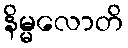
နိမ္မလောတိ